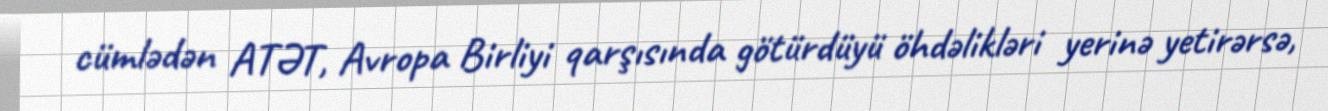
cümlədən ATƏT, Avropa Birliyi qarşısında götürdüyü öhdəlikləri yerinə yetirərsə,